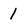
Character: 1